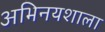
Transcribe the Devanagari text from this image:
अभिनयशाला